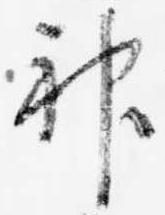
神